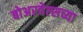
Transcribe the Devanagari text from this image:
बोअरवेल्सच्या